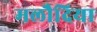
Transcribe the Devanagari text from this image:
मलौदिया